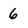
Character: 6